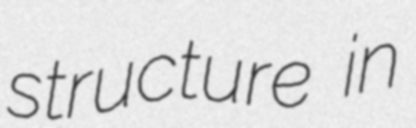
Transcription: structure in